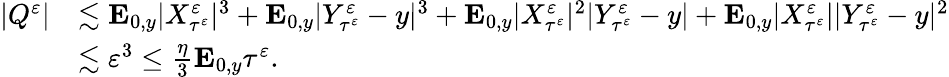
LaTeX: \begin{array}{rl}{|Q^{\varepsilon}|}&{\lesssim\mathbf{E}_{0,y}|X_{\tau^{\varepsilon}}^{\varepsilon}|^{3}+\mathbf{E}_{0,y}|Y_{\tau^{\varepsilon}}^{\varepsilon}-y|^{3}+\mathbf{E}_{0,y}|X_{\tau^{\varepsilon}}^{\varepsilon}|^{2}|Y_{\tau^{\varepsilon}}^{\varepsilon}-y|+\mathbf{E}_{0,y}|X_{\tau^{\varepsilon}}^{\varepsilon}||Y_{\tau^{\varepsilon}}^{\varepsilon}-y|^{2}}\\ &{\lesssim\varepsilon^{3}\leq\frac{\eta}{3}\mathbf{E}_{0,y}\tau^{\varepsilon}.}\end{array}